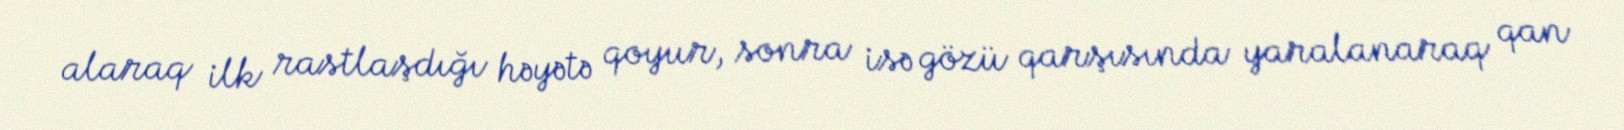
alaraq ilk rastlaşdığı həyətə qoyur, sonra isə gözü qarşısında yaralanaraq qan